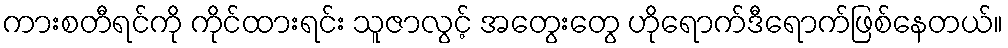
ကားစတီရင်ကို ကိုင်ထားရင်း သူဇာလွင့် အတွေးတွေ ဟိုရောက်ဒီရောက်ဖြစ်နေတယ်။